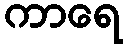
ကာရေ